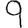
Digit: 9